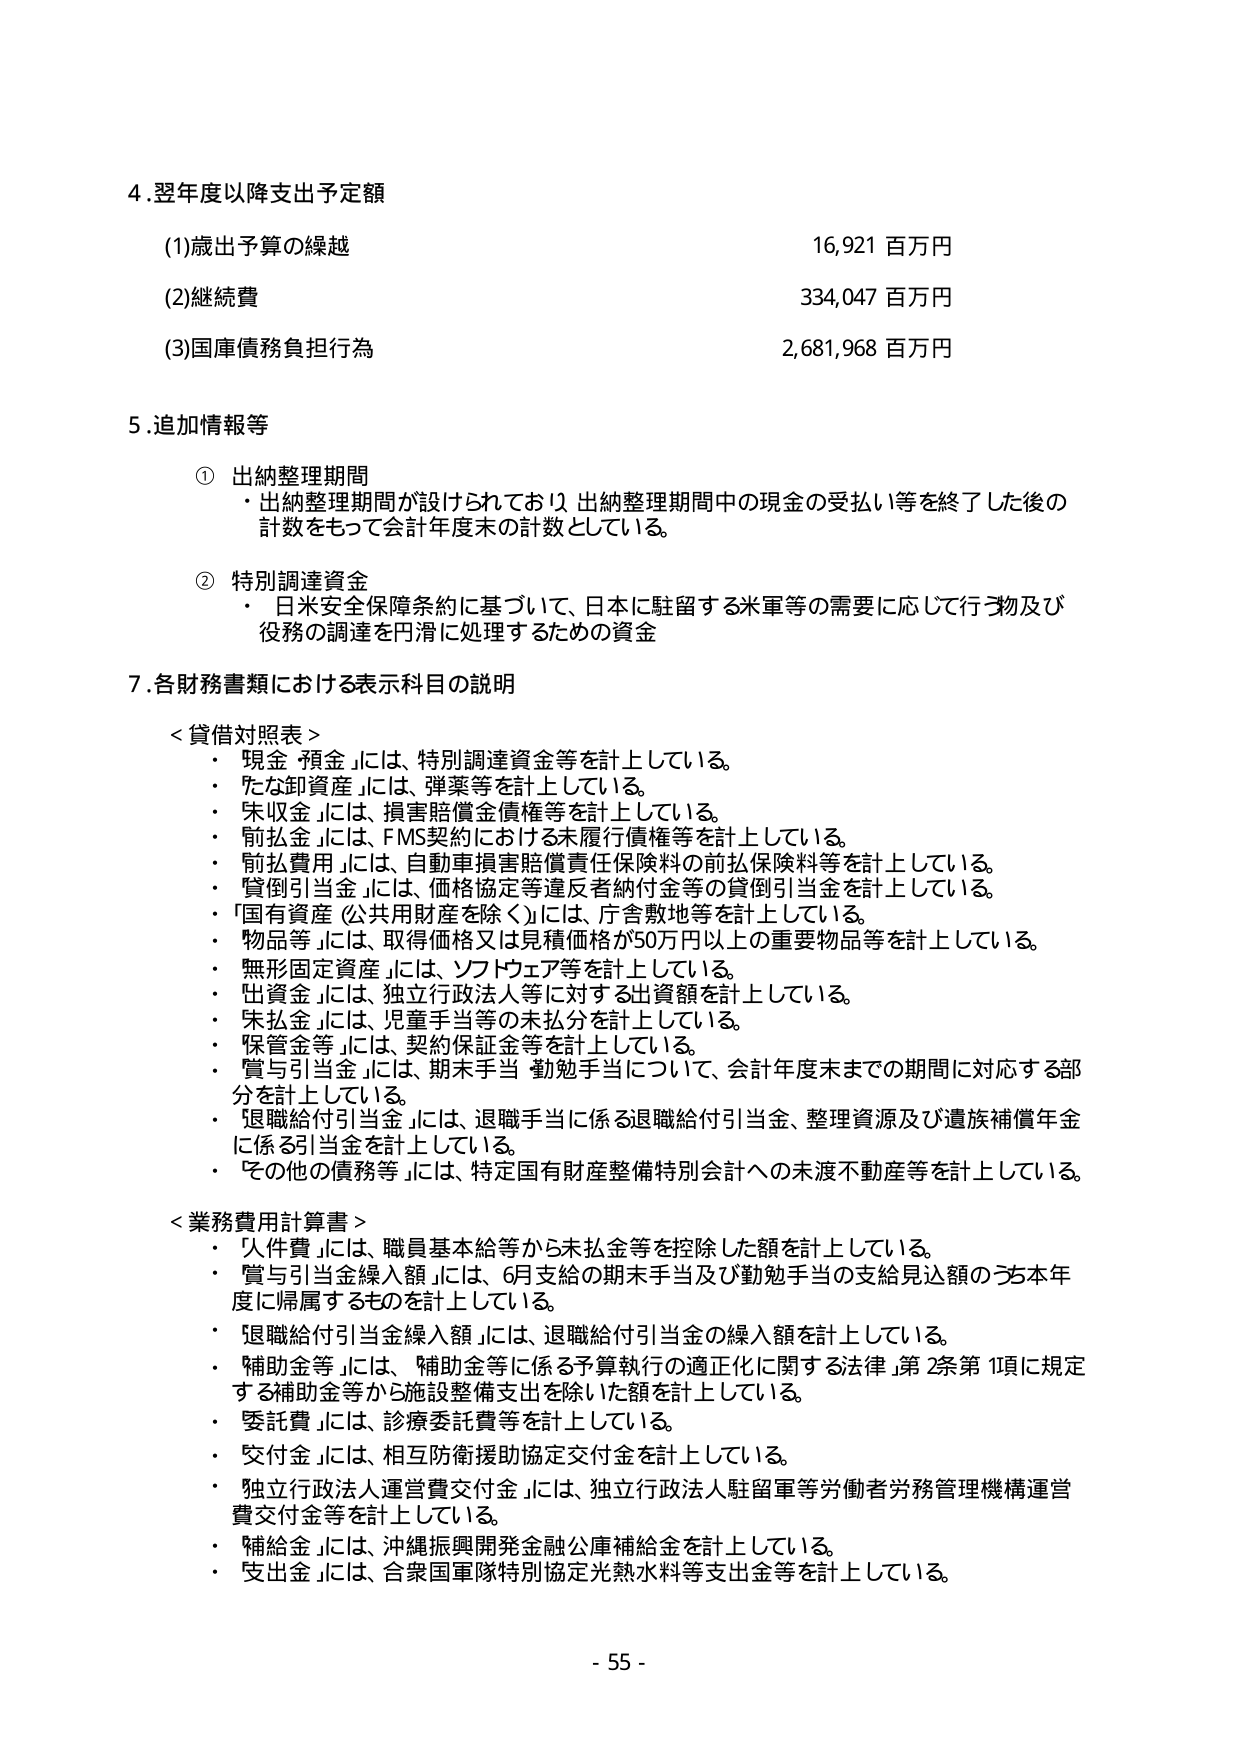
4.翌年度以降支出予定額
(1)歳出予算の繰越 16,921 百万円
(2)継続費 334,047 百万円
(3)国庫債務負担行為 2,681,968 百万円

5.追加情報等
① 出納整理期間
・出納整理期間が設けられており、出納整理期間中の現金の受払い等を終了した後の
計数をもって会計年度末の計数としている。

② 特別調達資金
・日米安全保障条約に基づいて、日本に駐留する米軍等の需要に応じて行う物及び
役務の調達を円滑に処理するための資金

7.各財務書類における表示科目の説明

＜貸借対照表＞
・「現金・預金」には、特別調達資金等を計上している。
・「たな卸資産」には、弾薬等を計上している。
・「未収金」には、損害賠償金債権等を計上している。
・「前払金」には、FMS契約における未履行債権等を計上している。
・「前払費用」には、自動車損害賠償責任保険料の前払保険料等を計上している。
・「貸倒引当金」には、価格協定等違反者納付金等の貸倒引当金を計上している。
・「国有資産（公共用財産を除く）」には、庁舎敷地等を計上している。
・「物品等」には、取得価格又は見積価格が50万円以上的重要物品等を計上している。
・「無形固定資産」には、ソフトウェア等を計上している。
・「出資金」には、独立行政法人等に対する出資額を計上している。
・「未払金」には、児童手当等の未払分を計上している。
・「保証金等」には、契約保証金等を計上している。
・「賞与引当金」には、期末手当・勤勉手当について、会計年度末までの期間に対応する部
分を計上している。
・「退職給付引当金」には、退職手当に係る退職給付引当金、整理資源及び遺族補償年金
に係る引当金を計上している。
・「その他の債務等」には、特定国有財産整備特別会計への未渡不動産等を計上している。

＜業務費用計算書＞
・「人件費」には、職員基本給等から未払金等を控除した額を計上している。
・「賞与引当金繰入額」には、6月支給の期末手当及び勤勉手当の支給見込額のうち本年
度に帰属するものを計上している。
・「退職給付引当金繰入額」には、退職給付引当金の繰入額を計上している。
・「補助金等」には、補助金等に係る予算執行の適正化に関する法律第2条第1項に規定
する補助金等から施設整備支出を除いた額を計上している。
・「委託費」には、診療委託費等を計上している。
・「交付金」には、相互防衛援助協定交付金を計上している。
・「独立行政法人運営費交付金」には、独立行政法人駐留軍等労働者労務管理機構運営
費交付金等を計上している。
・「補給金」には、沖縄振興開発金融公庫補給金を計上している。
・「支出金」には、合衆国軍隊特別協定光熱水料等支出金等を計上している。

- 55 -